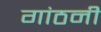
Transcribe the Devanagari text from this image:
गांठनी